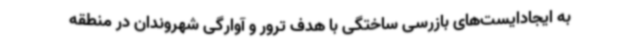
به ایجادایست‌های بازرسی ساختگی با هدف ترور و آوارگی شهروندان در منطقه